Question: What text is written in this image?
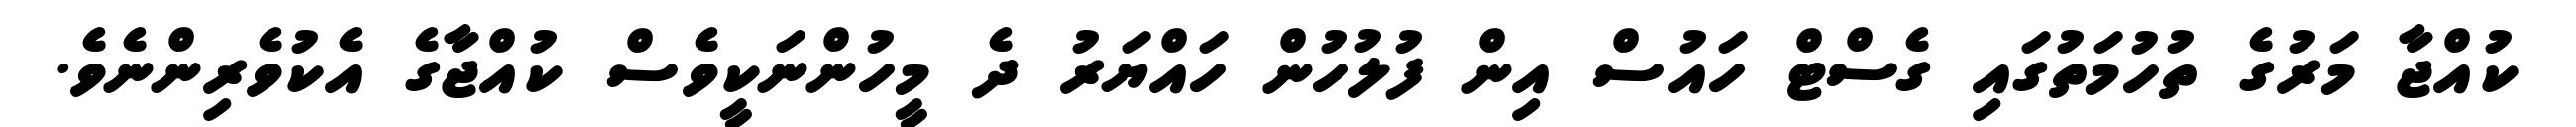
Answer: ކުއްޖާ މަރުގެ ތުހުމަތުގައި ގެސްޓް ހައުސް އިން ފުލުހުން ހައްޔަރު ދެ މީހުންނަކީވެސް ކުއްޖާގެ އެކުވެރިންނެވެ.